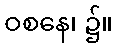
ဝစနေ၊ ၌။